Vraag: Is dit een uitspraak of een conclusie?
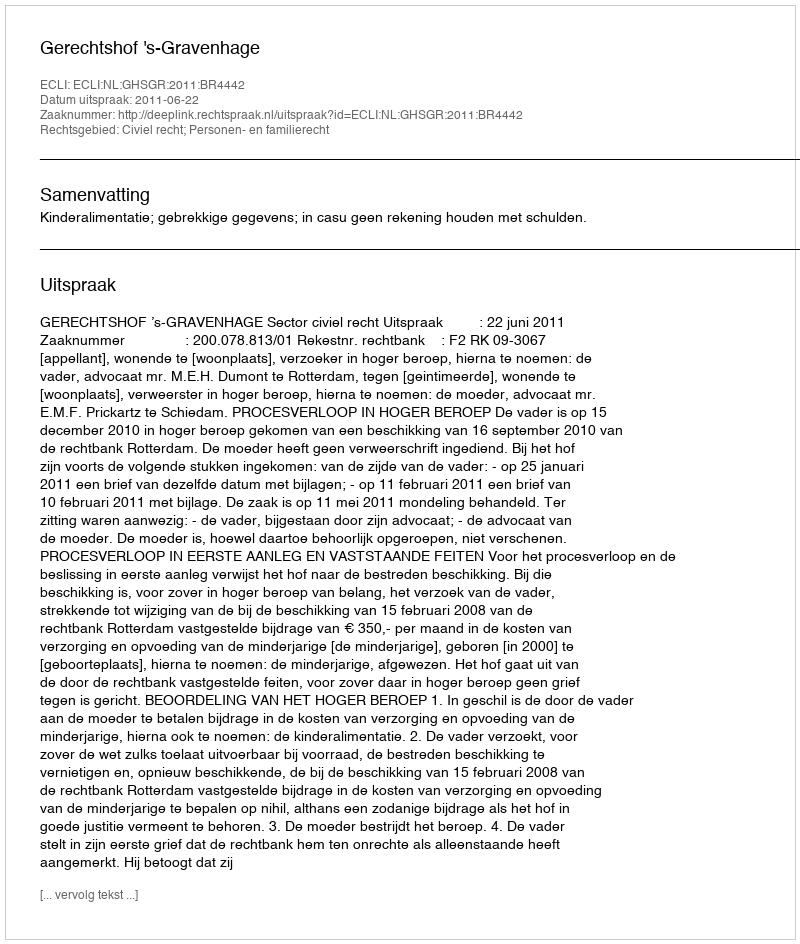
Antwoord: Uitspraak